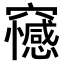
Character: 𥩇